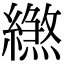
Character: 繺